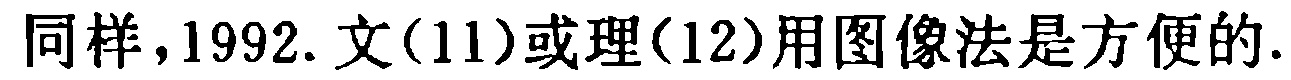
同样，1992. 文(11)或理(12)用图像法是方便的.